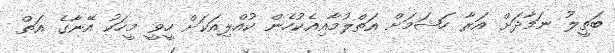
ބަތީލު ނަމާދަށް އަރާ ހަޝަމަށް އަތްލުމާއިއެކުހެން ކުއްލިއަކަށް ހީވީ މީހަކު އޭނާގެ އަތް